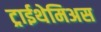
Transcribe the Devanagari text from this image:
ट्राईथेमिअस